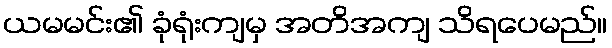
ယမမင်း၏ ခုံရုံးကျမှ အတိအကျ သိရပေမည်။